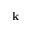
\mathbf { k }